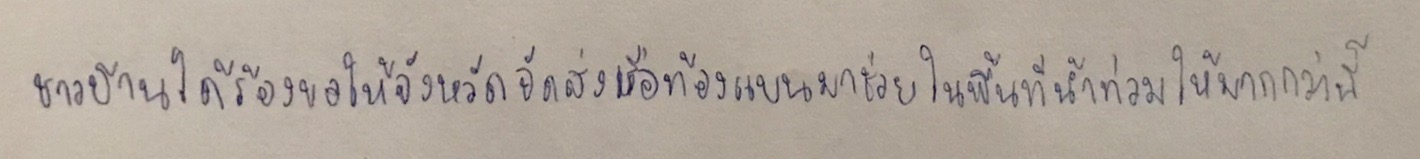
ชาวบ้านได้ร้องขอให้จังหวัดจัดส่งเรือท้องแบนมาช่วยในพื้นที่น้ำท่วมให้มากกว่านี้